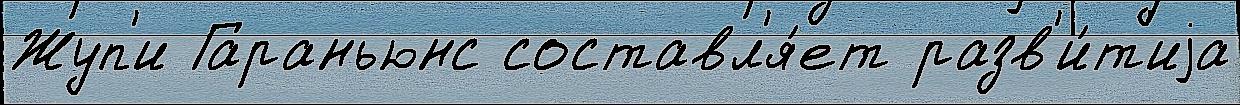
Жуп'и Гараньюнс составл'я́ет разв'и́т'иjа